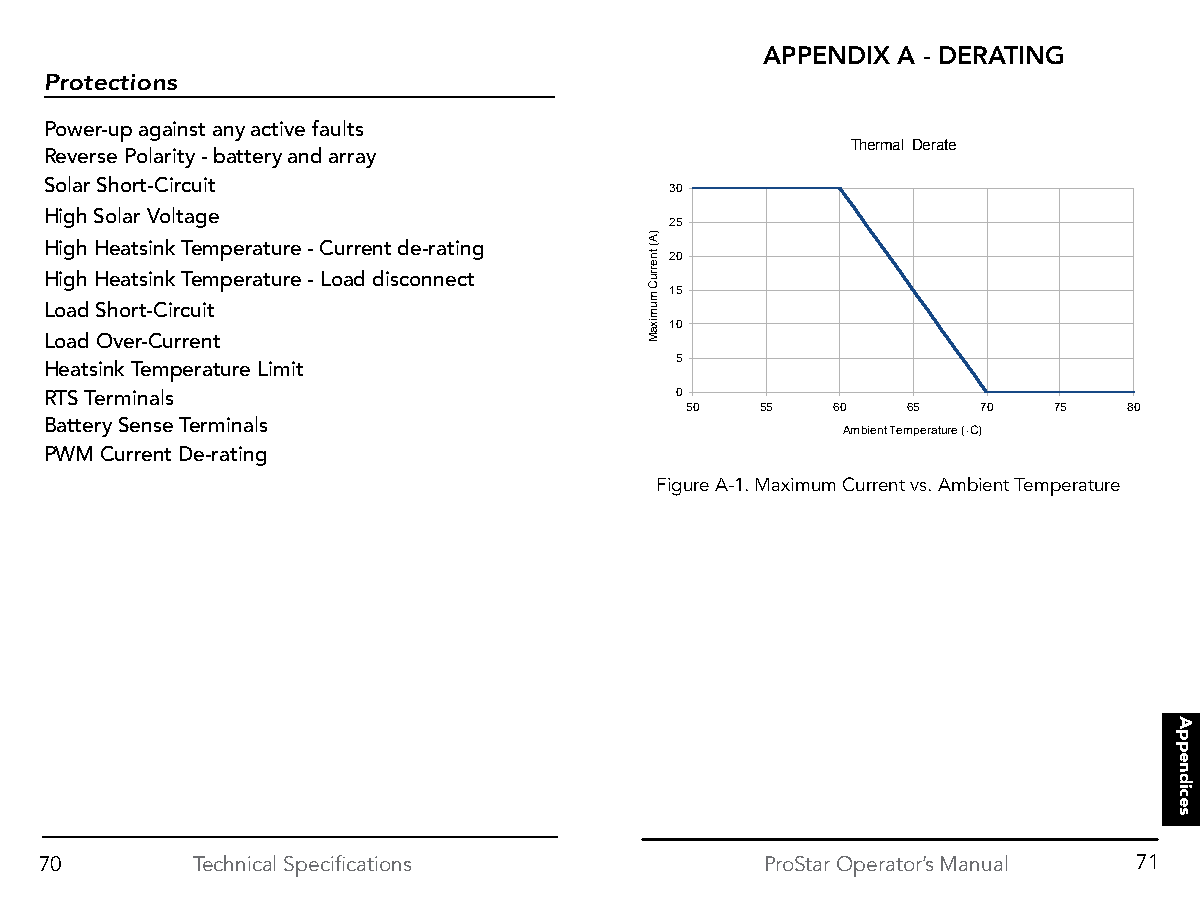
APPENDIX A - DERATING
 Protections
 Power-up against any active faults
 Thermal Derate
 Reverse Polarity - battery and array
 Solar Short-Circuit
 30
 High Solar Voltage
 25
 High Heatsink Temperature - Current de-rating
 20
 High Heatsink Temperature - Load disconnect
 15
 Load Short-Circuit
 10
 Load Over-Current
 5
 Heatsink Temperature Limit
 RTS Terminals                             0
 50   55   60   65   70   75   80
 Battery Sense Terminals
 Ambient Temperature (◦C)
 PWM Current De-rating
 Figure A-1. Maximum Current vs. Ambient Temperature
 70        Technical Specifications              ProStar Operator’s Manual 71
 )A(
 tnerruC
 mumixaM
 7.0
 Appendices